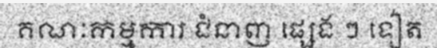
គណៈកម្មការ ជំនាញ ផ្សេង ៗ ទៀត